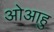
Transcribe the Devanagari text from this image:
ओआहु